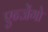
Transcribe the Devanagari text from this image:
एन्जेंगो